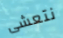
نتعشى